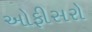
ઓફીસરો